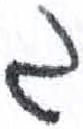
אות: ג